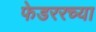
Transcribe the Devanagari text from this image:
फेडररच्या